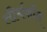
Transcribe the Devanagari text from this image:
तीर्थकौल